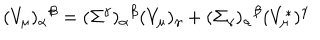
( V _ { \mu } ) _ { \alpha } { } ^ { \beta } = ( \Sigma ^ { \gamma } ) _ { \alpha } { } ^ { \beta } ( V _ { \mu } ) _ { \gamma } + ( \Sigma _ { \gamma } ) _ { \alpha } { } ^ { \beta } ( V _ { \mu } ^ { * } ) ^ { \gamma }